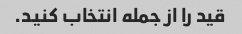
قید را از جمله انتخاب کنید.